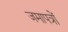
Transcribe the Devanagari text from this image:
जमापत्रों